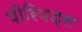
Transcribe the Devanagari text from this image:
पीरियड्स